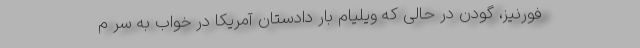
فورنیز، گودن در حالی که ویلیام بار دادستان آمریکا در خواب به سر م